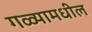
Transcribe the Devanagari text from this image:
गळ्यामधील